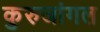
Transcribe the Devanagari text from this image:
कुरुजांगल